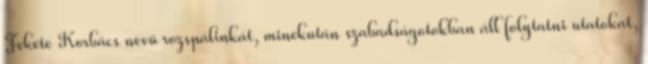
Fekete Korbács nevű rozspálinkát, minekután szabadságotokban áll folytatni utatokat,